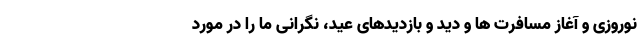
نوروزی و آغاز مسافرت ها و دید و بازدیدهای عید، نگرانی ما را در مورد